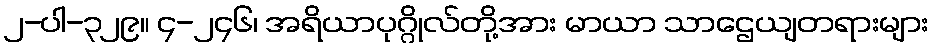
၂-ပါ-၃၂၉။ ၄-၂၄၆၊ အရိယာပုဂ္ဂိုလ်တို့အား မာယာ သာဌေယျတရားများ